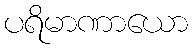
ပရိမာဏာယော